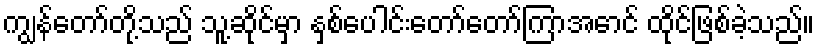
ကျွန်တော်တို့သည် သူ့ဆိုင်မှာ နှစ်ပေါင်းတော်တော်ကြာအောင် ထိုင်ဖြစ်ခဲ့သည်။